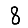
Digit: 8